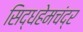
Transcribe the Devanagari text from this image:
सिद्धहेमचंद्र